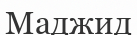
Маджид